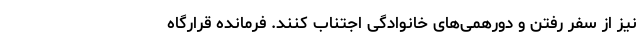
نیز از سفر رفتن و دورهمی‌های خانوادگی اجتناب کنند‌. فرمانده قرارگاه